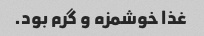
غذا خوشمزه و گرم‌ بود.